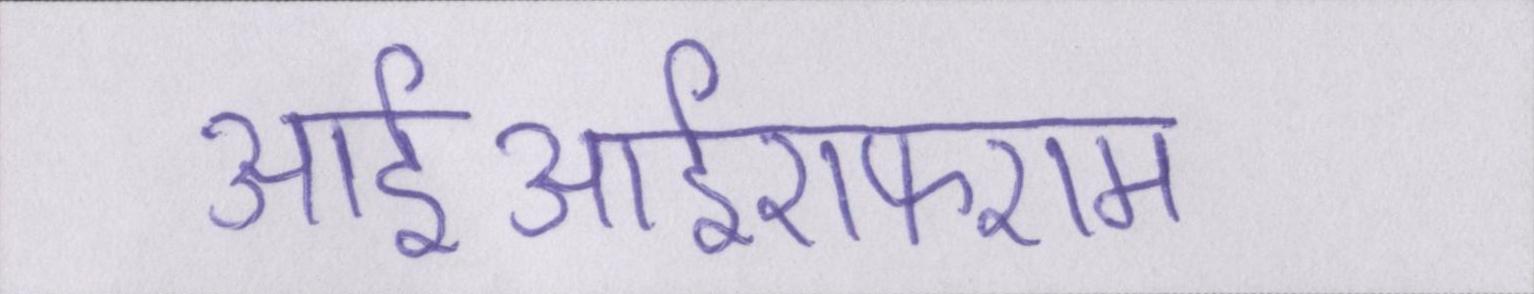
आईआईएफएम